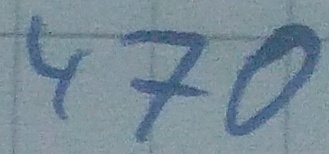
Text: 470